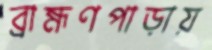
ব্রাহ্মণপাড়ায়